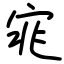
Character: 宨